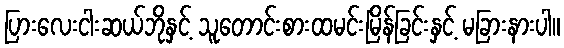
ပြားလေးငါးဆယ်ဘိုနှင့် သူတောင်းစားထမင်းမြိန်ခြင်းနှင့် မခြားနားပါ။